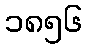
၁၈၅၆